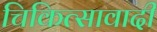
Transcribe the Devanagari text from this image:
चिकित्सावादी